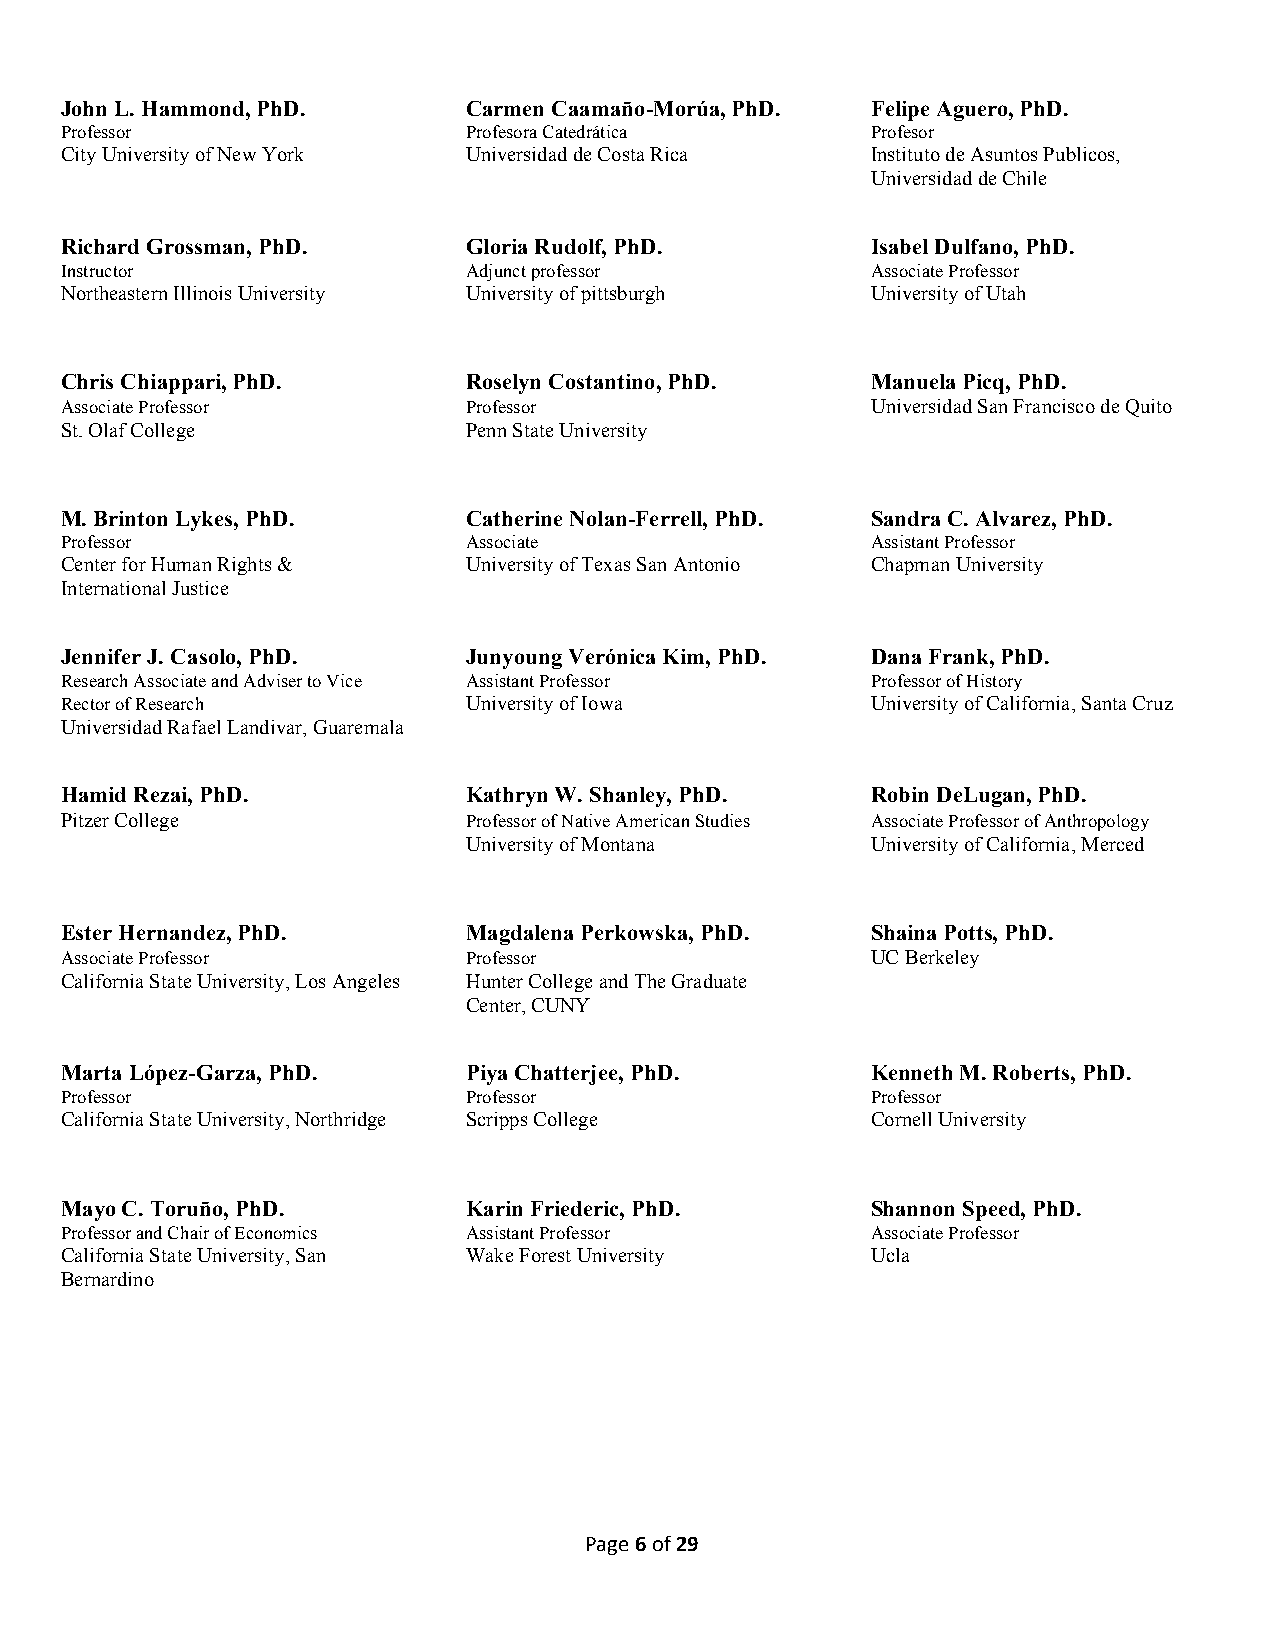
John L. Hammond, PhD.      Carmen Caamaño-Morúa, PhD. Felipe Aguero, PhD.
 Professor                  Profesora Catedrática      Profesor
 City University of New York Universidad de Costa Rica Instituto de Asuntos Publicos,
 Universidad de Chile
 Richard Grossman, PhD.     Gloria Rudolf, PhD.        Isabel Dulfano, PhD.
 Instructor                 Adjunct professor          Associate Professor
 Northeastern Illinois University University of pittsburgh University of Utah
 Chris Chiappari, PhD.      Roselyn Costantino, PhD.   Manuela Picq, PhD.
 Associate Professor        Professor                  Universidad San Francisco de Quito
 St. Olaf College           Penn State University
 M. Brinton Lykes, PhD.     Catherine Nolan-Ferrell, PhD. Sandra C. Alvarez, PhD.
 Professor                  Associate                  Assistant Professor
 Center for Human Rights &  University of Texas San Antonio Chapman University
 International Justice
 Jennifer J. Casolo, PhD.   Junyoung Verónica Kim, PhD. Dana Frank, PhD.
 Research Associate and Adviser to Vice Assistant Professor Professor of History
 Rector of Research         University of Iowa         University of California, Santa Cruz
 Universidad Rafael Landivar, Guaremala
 Hamid Rezai, PhD.          Kathryn W. Shanley, PhD.   Robin DeLugan, PhD.
 Pitzer College             Professor of Native American Studies Associate Professor of Anthropology
 University of Montana      University of California, Merced
 Ester Hernandez, PhD.      Magdalena Perkowska, PhD.  Shaina Potts, PhD.
 Associate Professor        Professor                  UC Berkeley
 California State University, Los Angeles Hunter College and The Graduate
 Center, CUNY
 Marta López-Garza, PhD.    Piya Chatterjee, PhD.      Kenneth M. Roberts, PhD.
 Professor                  Professor                  Professor
 California State University, Northridge Scripps College Cornell University
 Mayo C. Toruño, PhD.       Karin Friederic, PhD.      Shannon Speed, PhD.
 Professor and Chair of Economics Assistant Professor  Associate Professor
 California State University, San Wake Forest University Ucla
 Bernardino
 Page 6 of 29